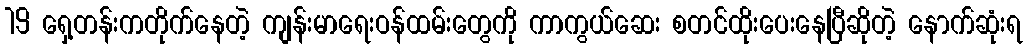
19 ရှေ့တန်းကတိုက်နေတဲ့ ကျန်းမာရေးဝန်ထမ်းတွေကို ကာကွယ်ဆေး စတင်ထိုးပေးနေပြီဆိုတဲ့ နောက်ဆုံးရ